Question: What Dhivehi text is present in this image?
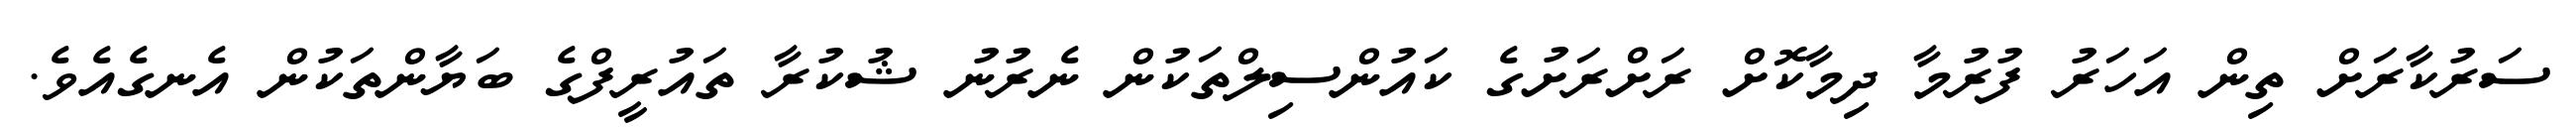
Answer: ސަރުކާރަށް ތިން އަހަރު ފުރުމާ ދިމާކޮށް ރަށްރަށުގެ ކައުންސިލްތަކުން ނެރުނު ޝުކުރާ ތައުރީފްގެ ބަޔާންތަކުން އެނގެއެވެ.